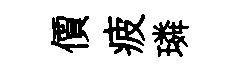
價疲璘